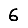
Digit: 6